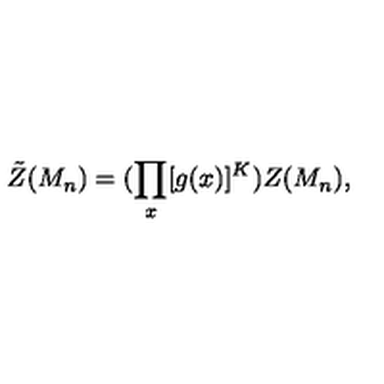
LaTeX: \tilde { Z } ( M _ { n } ) = ( \prod _ { x } [ g ( x ) ] ^ { K } ) Z ( M _ { n } ) ,